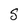
Character: S